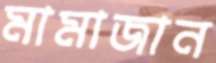
মামাজান